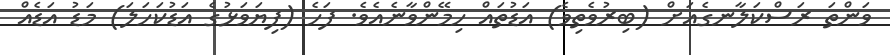
ވަންތަ ރަސްކަލާނގެއަށް (ބިރުވެތިވެ) އަޑުތައް ހިމޭންވާނެއެވެ. ފަހެ (ފިޔަވަޅުގެ އަޑުކަހަލަ) މަޑު އަޑެއް